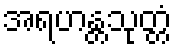
အရဟန္တသုတ္တံ